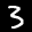
Label: 3